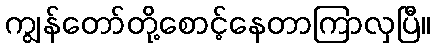
ကျွန်တော်တို့စောင့်နေတာကြာလှပြီ။